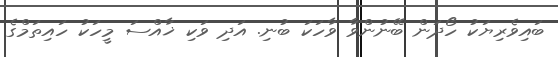
ބައިވެރިޔަކު ހޯދަން ބޭނުންވާ ވާހަކަ ބުނި. އަދި ވަކި ޚާއްސަ މީހަކު ހައިތަމްގެ